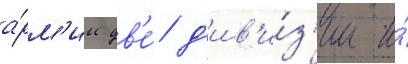
а́рм'ии дв'е́ д'ив'и́з'ии и́